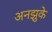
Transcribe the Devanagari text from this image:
अनझुके